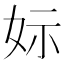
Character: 𡛭